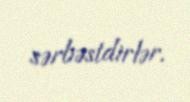
sərbəstdirlər.